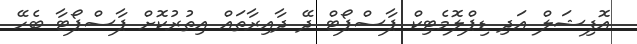
އޮފިޝަލް އަދި ޑިޕްލޮމެޓިކް ޕާސްޕޯޓް ދޭ ދާއިރާތައް އިތުރުކޮށް ޕާސްޕޯޓާ ބެހޭ